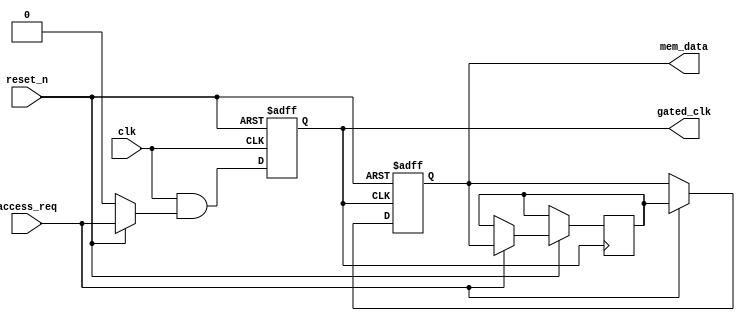
module ConditionalClockGating(
    input wire clk,          // Main clock input
    input wire reset_n,      // Active low reset
    input wire access_req,   // Access request signal from memory controller
    output reg gated_clk,    // Gated clock output for memory blocks
    output reg [7:0] mem_data // Example memory data output
);

    // Clock Enable Logic
    reg ce; // Clock Enable signal

    // Memory Block
    reg [7:0] memory [0:255]; // Memory array (256x8 bits)

    // Gating Logic: CE is driven by access_req
    always @(*) begin
        if (reset_n == 0) begin
            ce = 1'b0; // Disable clock on reset
        end else begin
            ce = access_req; // Enable clock on access request
        end
    end

    // Gated clock signal generation
    always @ (posedge clk or negedge reset_n) begin
        if (!reset_n) begin
            gated_clk <= 1'b0; // Reset gated clock
        end else begin
            gated_clk <= clk & ce; // Gated clock using AND logic with main clock and ce
        end
    end

    // Memory Read/Write Operation
    always @(posedge gated_clk or negedge reset_n) begin
        if (!reset_n) begin
            // reset memory contents
            mem_data <= 8'b0; // Clear memory data on reset
        end else if (access_req) begin
            // Perform Read/Write operation when access_req is high
            // Example: Assume writing or reading from address 0 on access_req
            // This is just a simple example. Modify for actual read/write logic.
            memory[0] <= mem_data; // Write operation to address 0
            mem_data <= memory[0]; // Simulate read operation from address 0
        end
    end

endmodule